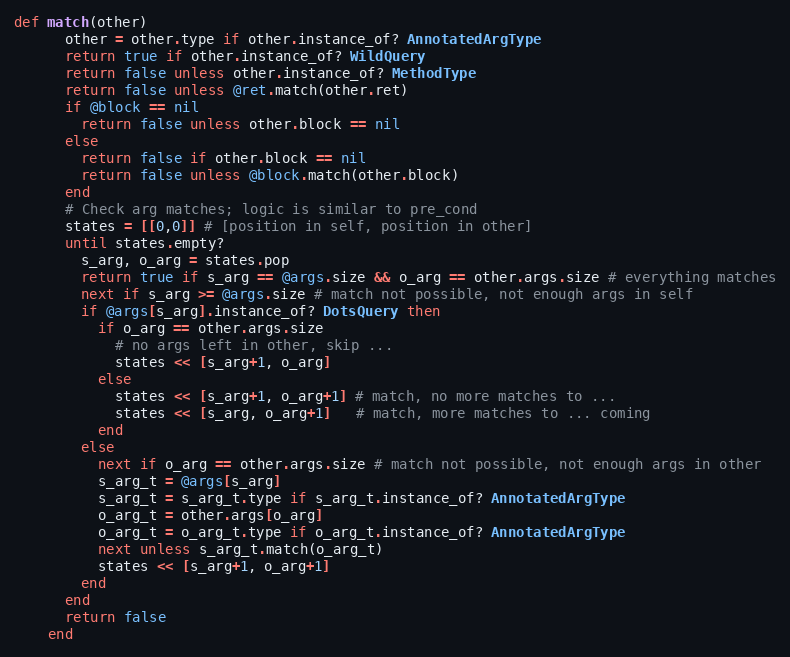
Language: Ruby
def match(other)
      other = other.type if other.instance_of? AnnotatedArgType
      return true if other.instance_of? WildQuery
      return false unless other.instance_of? MethodType
      return false unless @ret.match(other.ret)
      if @block == nil
        return false unless other.block == nil
      else
        return false if other.block == nil
        return false unless @block.match(other.block)
      end
      # Check arg matches; logic is similar to pre_cond
      states = [[0,0]] # [position in self, position in other]
      until states.empty?
        s_arg, o_arg = states.pop
        return true if s_arg == @args.size && o_arg == other.args.size # everything matches
        next if s_arg >= @args.size # match not possible, not enough args in self
        if @args[s_arg].instance_of? DotsQuery then
          if o_arg == other.args.size
            # no args left in other, skip ...
            states << [s_arg+1, o_arg]
          else
            states << [s_arg+1, o_arg+1] # match, no more matches to ...
            states << [s_arg, o_arg+1]   # match, more matches to ... coming
          end
        else
          next if o_arg == other.args.size # match not possible, not enough args in other
          s_arg_t = @args[s_arg]
          s_arg_t = s_arg_t.type if s_arg_t.instance_of? AnnotatedArgType
          o_arg_t = other.args[o_arg]
          o_arg_t = o_arg_t.type if o_arg_t.instance_of? AnnotatedArgType
          next unless s_arg_t.match(o_arg_t)
          states << [s_arg+1, o_arg+1]
        end
      end
      return false
    end